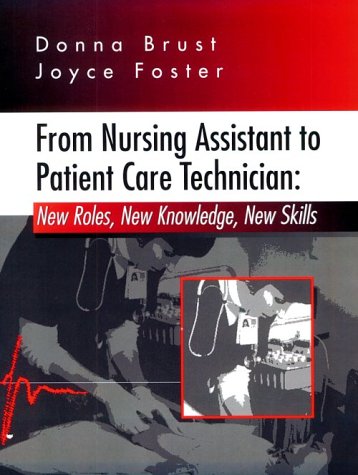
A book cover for From Nursing Assistant to Patient Care Technician: New Roles, New Knowledge, New Skills, 1e; Donna J. Brust MS  RNC; Medical Books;